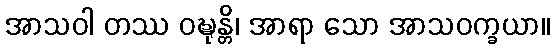
အာသဝါ တဿ ဝဍ္ဎုန္တိ၊ အာရာ သော အာသဝက္ခယာ။